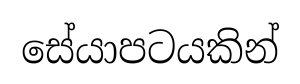
සේයාපටයකින්